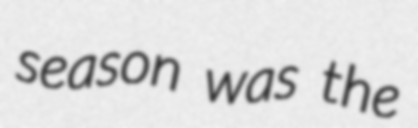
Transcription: season was the